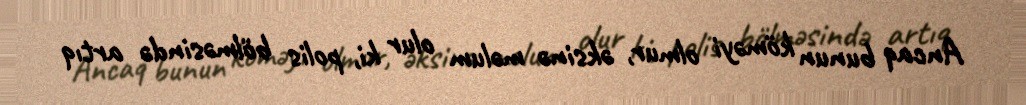
Ancaq bunun köməyi olmur, əksinə məlum olur ki, polis bölməsində artıq